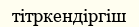
тітркендіргіш